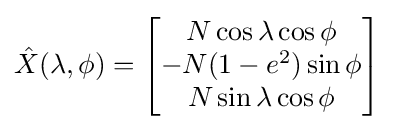
{\hat {X}}(\lambda ,\phi )=\left[{\begin{matrix}N\cos {\lambda }\cos {\phi }\\-N(1-e^{2})\sin {\phi }\\N\sin {\lambda }\cos {\phi }\end{matrix}}\right]